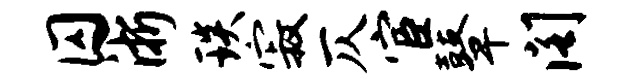
囚浙琰寂仄宦鼙阁